342_HS1-416511228_319.1 Flying Discs 1949
Agency: Department of War
Incident date: 1/9/50
Page 94
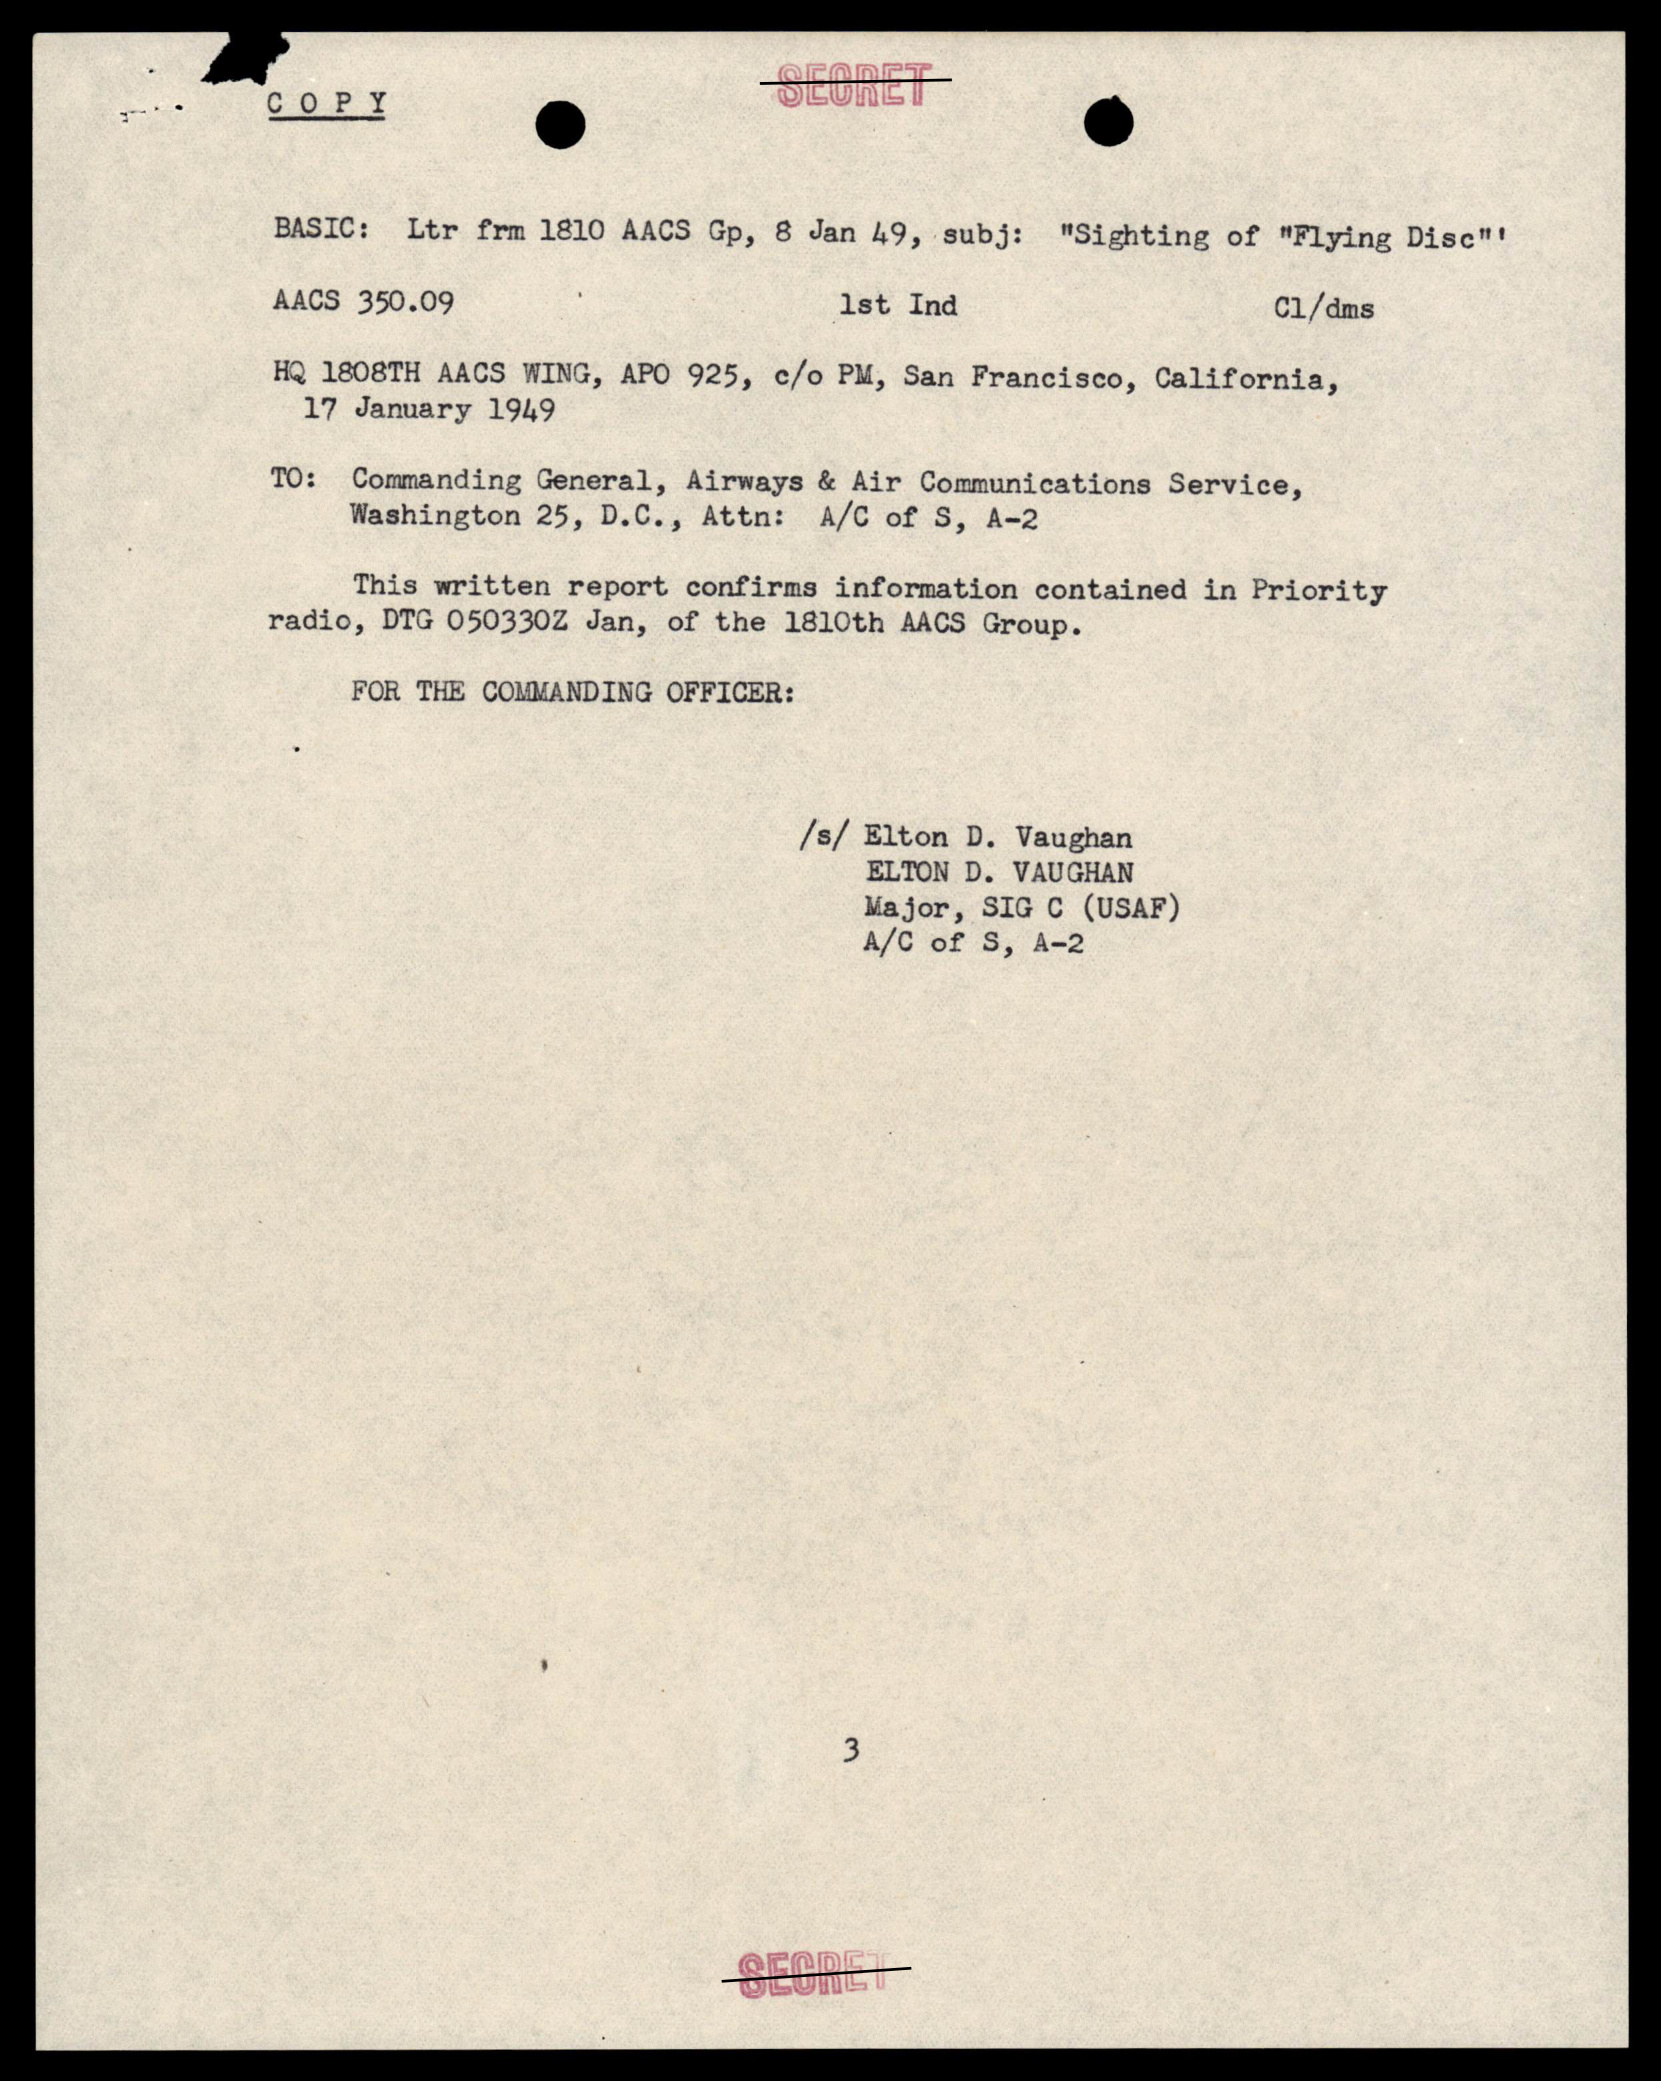